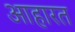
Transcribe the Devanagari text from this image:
आहारत